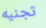
تجنيه